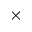
\times